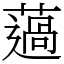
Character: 薖